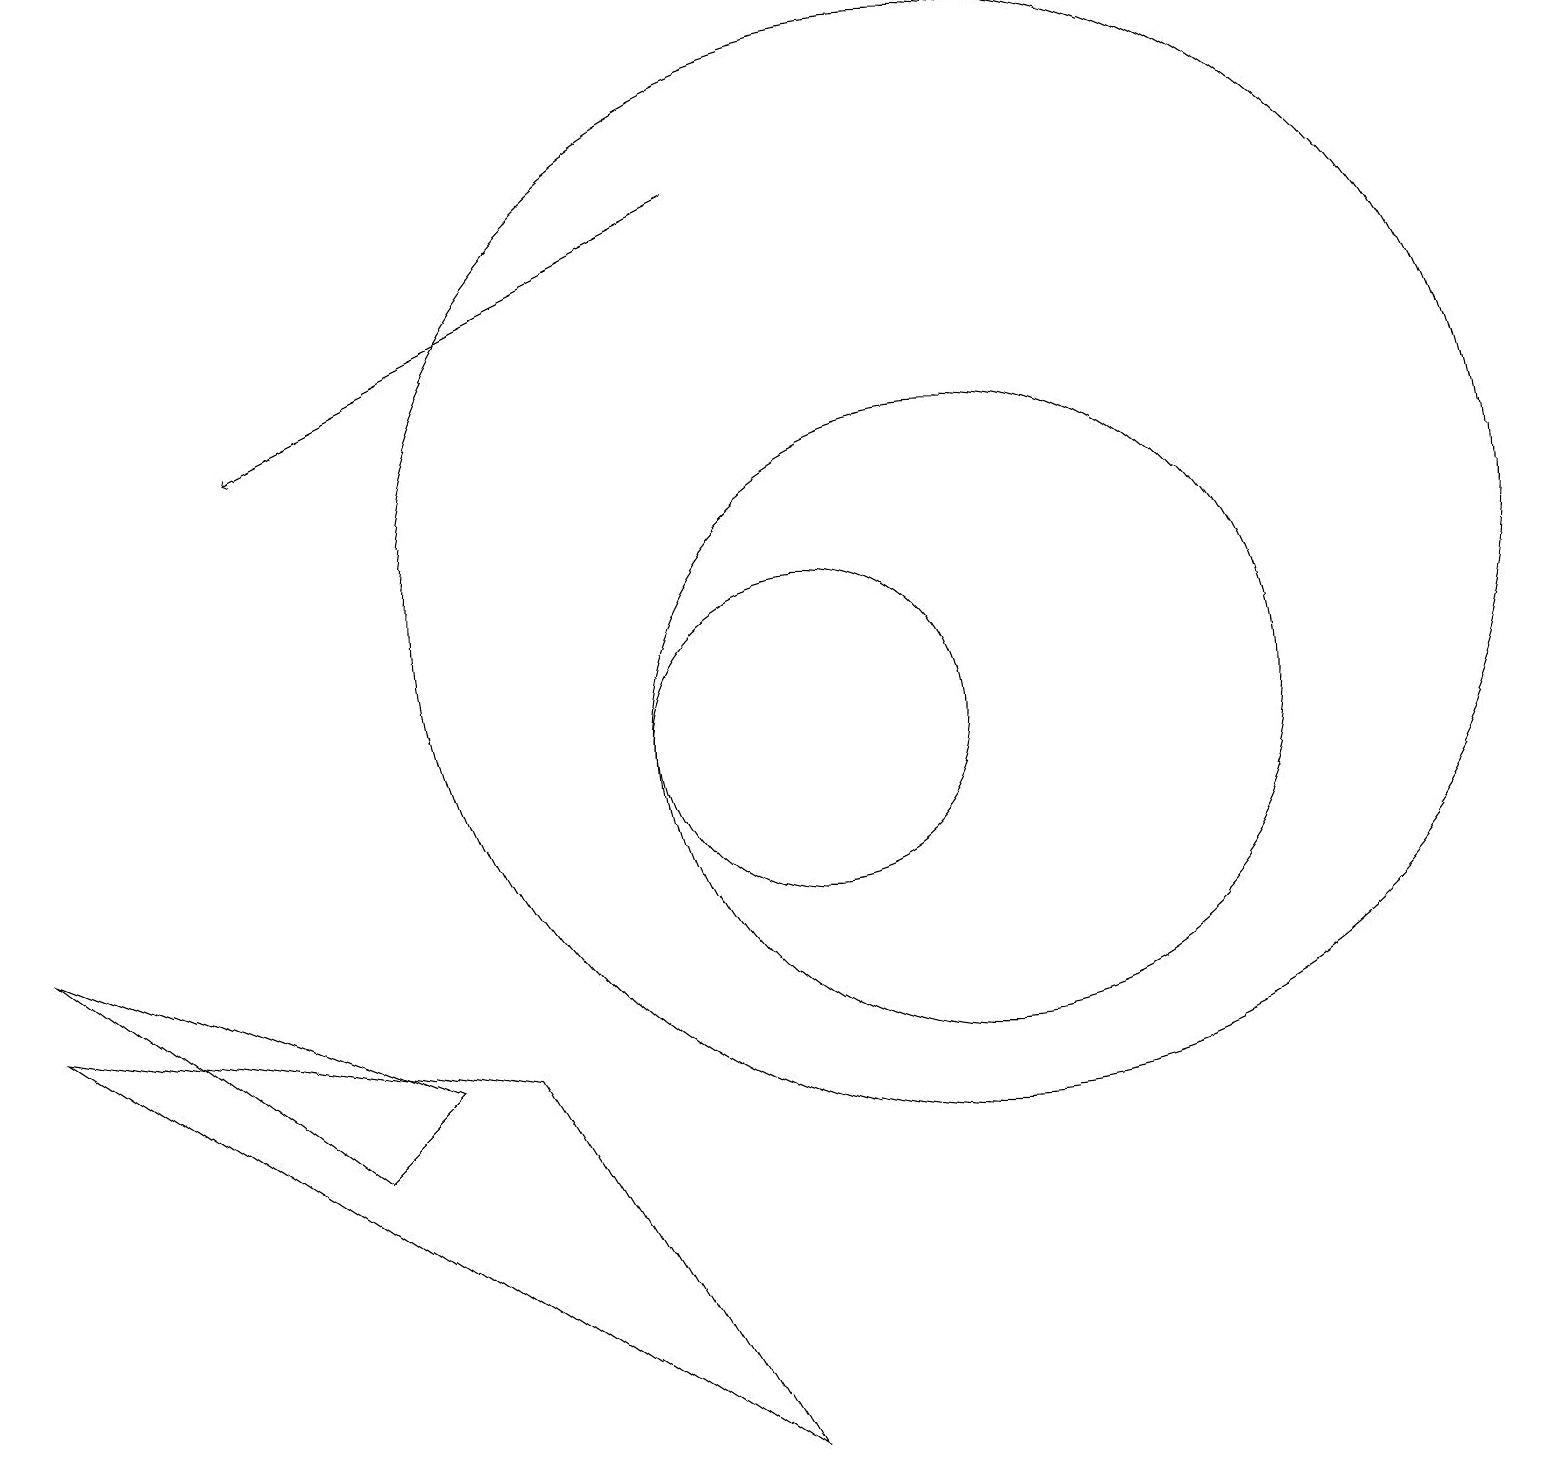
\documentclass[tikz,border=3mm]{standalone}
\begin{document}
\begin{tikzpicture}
\draw (12,12) circle (7);
\draw (0,8) -- (4,5) -- (5,6) -- cycle;
\draw (0,7) -- (9,1) -- (6,6) -- cycle;
\draw[->] (9,17) -- (3,14);
\draw (10,10) circle (2);
\draw (12,10) circle (4);
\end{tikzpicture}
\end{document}